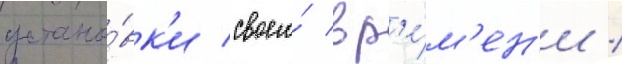
устано́вк'и своего́ вр'е́м'ен'и /